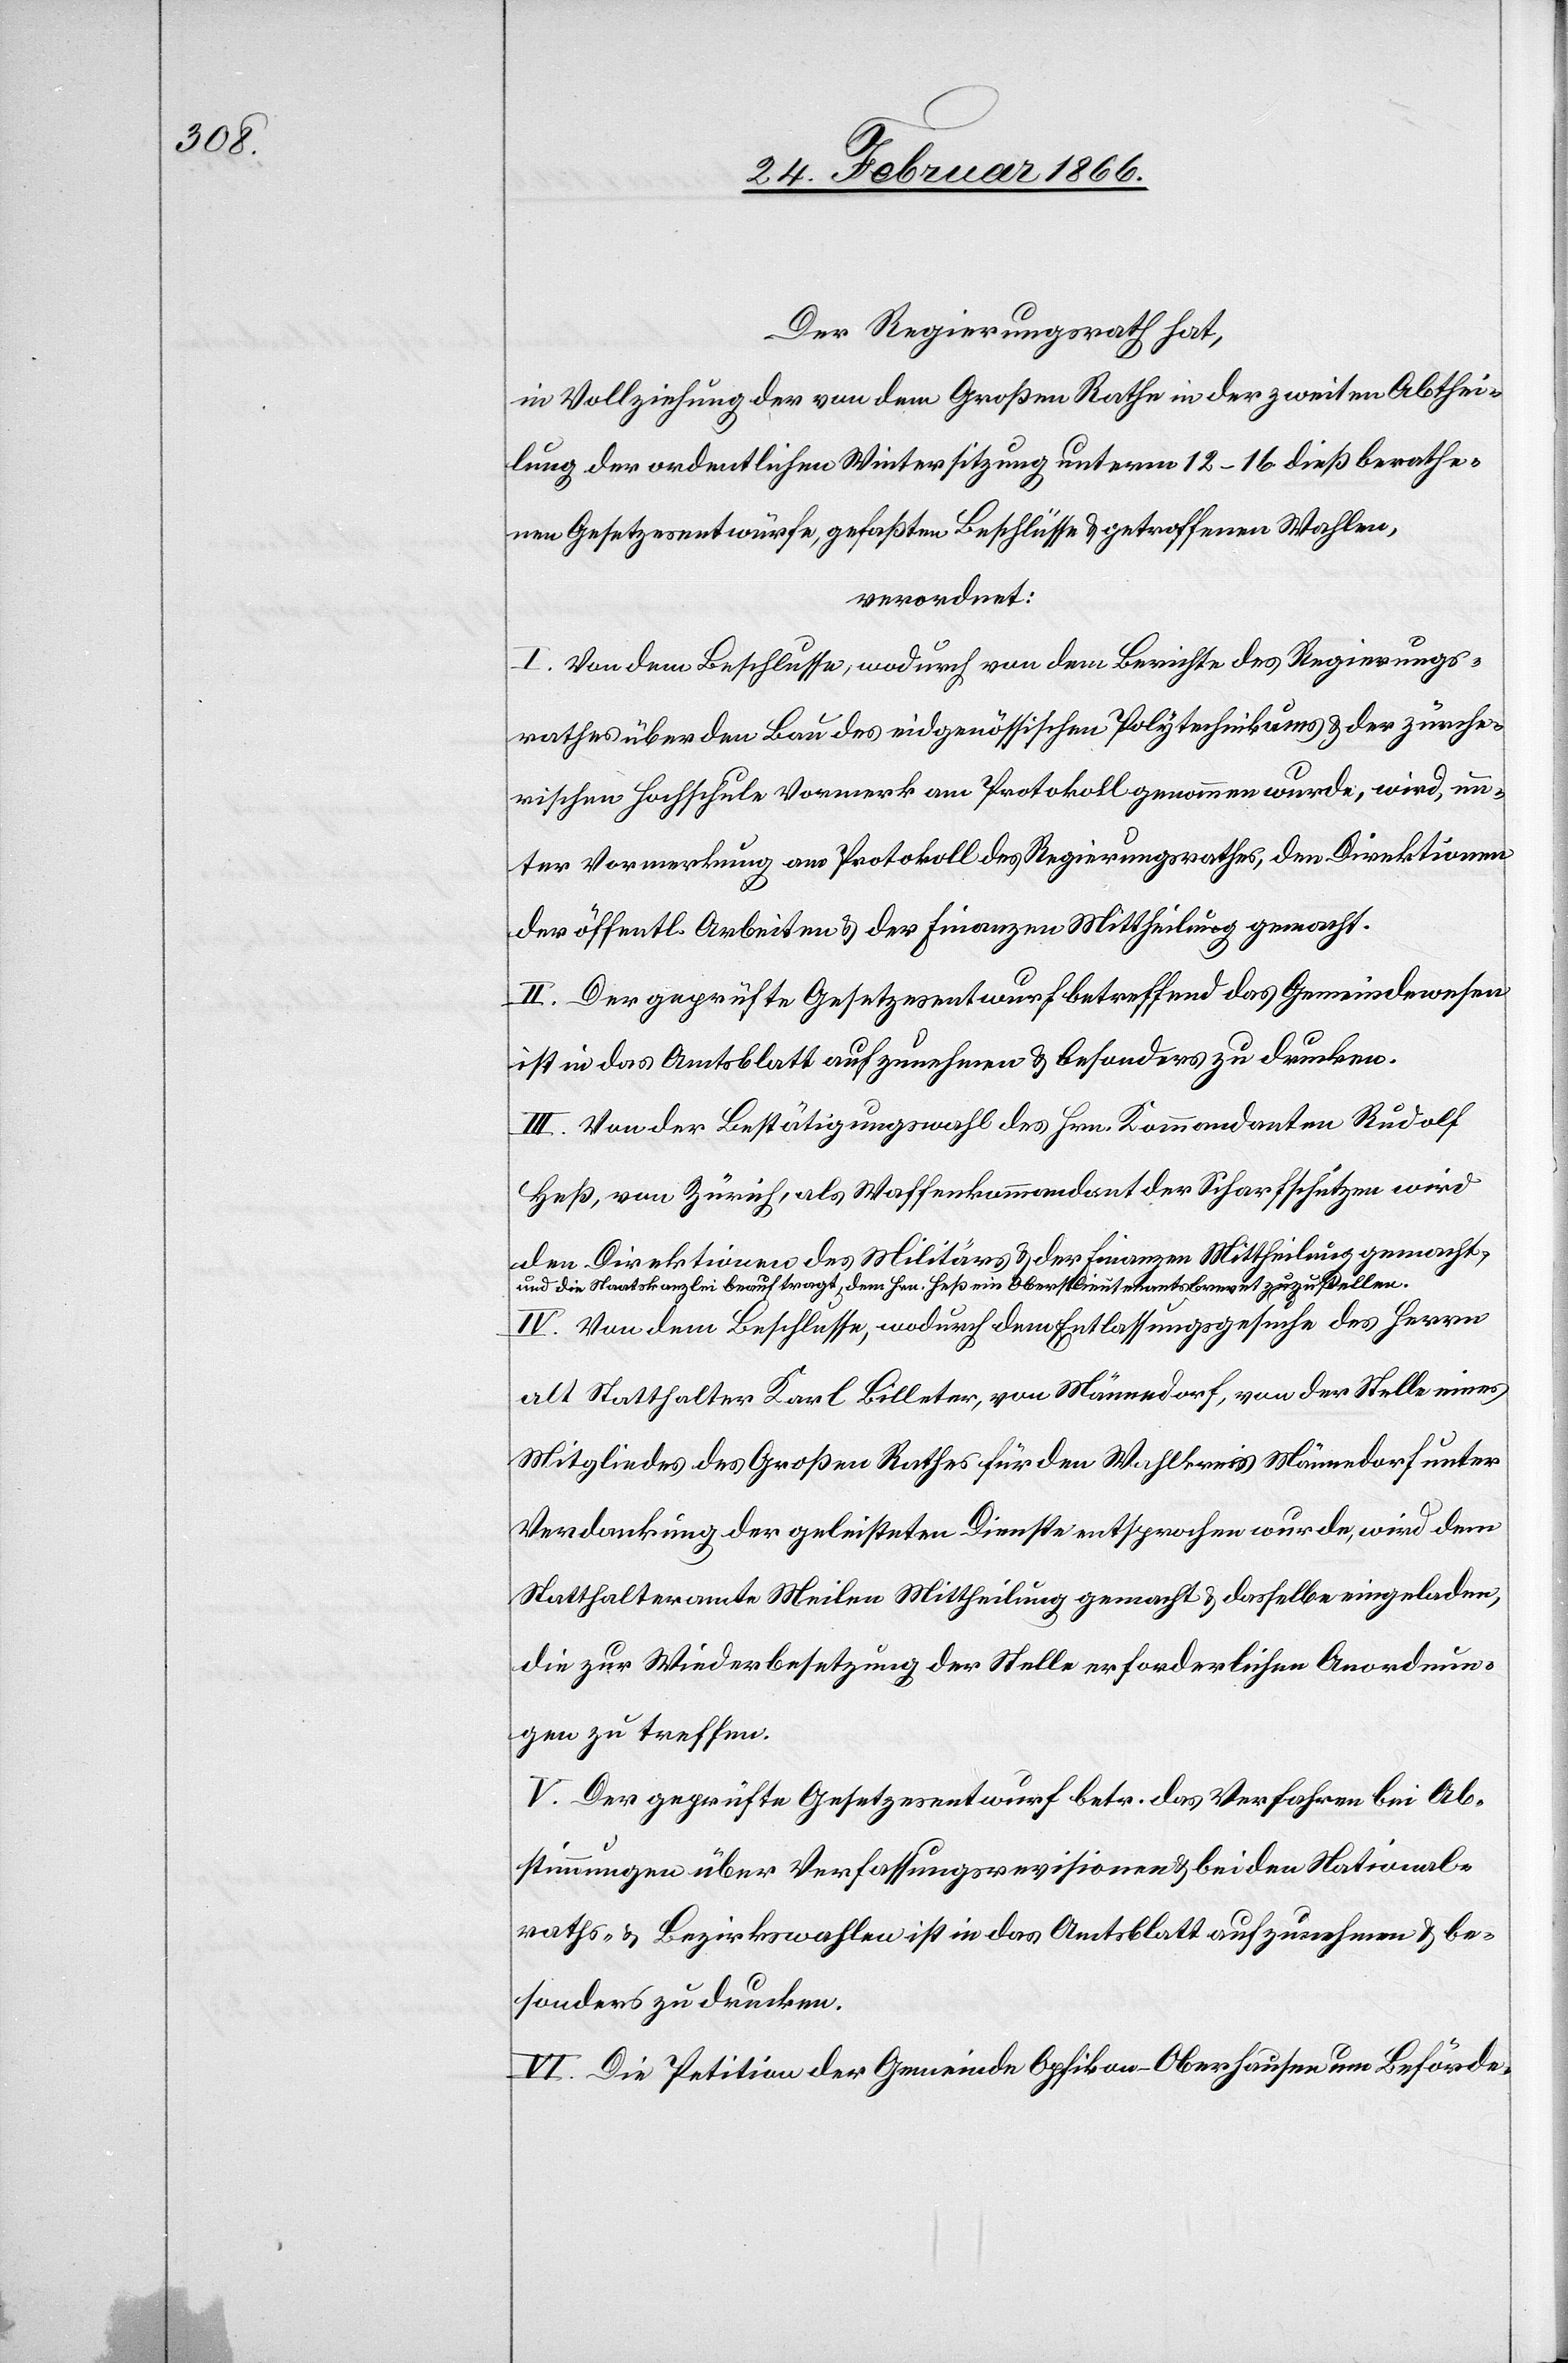
Der Regierungsrath hat,
in Vollziehung des von dem Großen Rathe in der zweiten Abthei¬
lung der ordentlichen Wintersitzung unterm 12–16. dieß berathe¬
nen Gesetzesentwürfe, gefaßten Beschlüsse u. getroffenen Wahlen,
verordnet:
I. Von dem Beschlusse, wodurch von dem Berichte des Regierungs¬
rathes über den Bau des eidgenössischen Polytechnikums u. der zürche¬
rischen Hochschule Vormerk am Protokoll genommen wurde, wird, un¬
ter Vormerkung am Protokoll des Regierungsrathes, den Direktionen
der öffentl. Arbeiten u. der Finanzen Mittheilung gemacht.
II. Der geprüfte Gesetzesentwurf betreffend das Gemeindewesen
ist in das Amtsblatt aufzunehmen u. besonders zu drucken.
III. Von der Bestätigungswahl des Hrn. Kommandanten Rudolf
Heß, von Zürich, als Waffenkommandant der Scharfschützen wird
den Direktionen des Militärs u. der Finanzen Mittheilung gemacht,
und die Staatskanzlei beauftragt, dem Hrn. Heß ein Oberstlieutenantsbrevet zuzustellen.
IV. Von dem Beschlusse, wodurch dem Entlassungsgesuche des Herrn.
alt Statthalter Karl Billeter, von Männedorf, von der Stelle eines
Mitgliedes des Großen Rathes für den Wahlkreis Männedorf unter
Verdankung der geleisteten Dienste entsprochen wurde, wird dem
Statthalteramte Meilen Mittheilung gemacht u. dasselbe eingeladen,
die zur Wiederbesetzung der Stelle erforderlichen Anordnun¬
gen zu treffen.
V. Der geprüfte Gesetzesentwurf betr. das Verfahren bei Ab¬
stimmungen über Verfassungsrevisionen u. bei den National¬
raths- u. Bezirkswahlen ist in das Amtsblatt aufzunehmen u. be¬
sonders zu drucken.
VI. Die Petition der Gemeinde Opfikon–Oberhausen um Beförde-